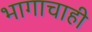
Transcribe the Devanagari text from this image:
भागाचाही